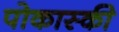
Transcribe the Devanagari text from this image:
पोकास्की